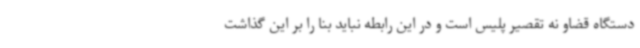
دستگاه قضاو نه تقصیر پلیس است و در این رابطه نباید بنا را بر این گذاشت